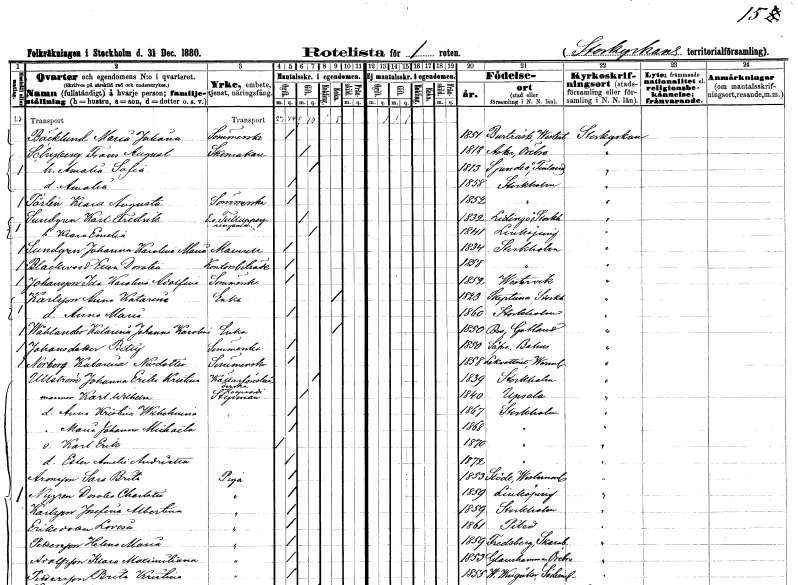
gt_parse: households: individuals: FN: Maria Juliana
EN: Bäcklund
YRKE: Sömmerska
KON: K
CIV: O
FODAR: 1851
FODFORS: Burträsk Västerbottens län
FN: Frans August
EN: Schyberg
YRKE: Skomakare
KON: M
CIV: G
FODAR: 1818
FODFORS: Asker Örebro län
FN: Amalia Sofia
KON: K
CIV: G
FODAR: 1813
FN: Amalia
KON: K
CIV: O
FODAR: 1858
FODFORS: Stockholm
FN: Klara Augusta
EN: Tärlén
YRKE: Sömmerska
KON: K
CIV: O
FODAR: 1852
FODFORS: Stockholm
FN: Karl Fredrik
EN: Sundgren
YRKE: Tulluppsyningsman e. o.
KON: M
CIV: G
FODAR: 1832
FODFORS: Lidingö Stockholms län
FN: Klara Emelia
KON: K
CIV: G
FODAR: 1841
FODFORS: Linköping Östergötlands län
FN: Johanna Karolina Maria
EN: Sundgren
KON: K
CIV: O
FODAR: 1834
FODFORS: Stockholm
FN: Klara Dorotea
EN: Blackwood
YRKE: Kontorsbiträde
KON: K
CIV: O
FODAR: 1858
FODFORS: Stockholm
FN: Karolina Adolfina
EN: Johansson
YRKE: Sömmerska
KON: K
CIV: O
FODAR: 1852
FODFORS: Västervik Kalmar län
FN: Anna Katarina
EN: Karlsson
YRKE: Änka
KON: K
CIV: E
FODAR: 1823
FODFORS: Skepptuna Stockholms län
FN: Anna Maria
KON: K
CIV: O
FODAR: 1860
FODFORS: Stockholm
FN: Katarina Johanna Karolina
EN: Wåhlander
YRKE: Änka
KON: K
CIV: E
FODAR: 1850
FODFORS: Bro Gotlands län
FN: Betty
EN: Johansdotter
YRKE: Sömmerska
KON: K
CIV: O
FODAR: 1850
FODFORS: Säve Göteborgs- och Bohuslän
FN: Katarina
EN: Norberg Nilsdotter
YRKE: Sömmerska
KON: K
CIV: O
FODAR: 1858
FODFORS: Lekvattnet Värmlands län
FN: Johanna Erika Kristina
EN: Ullström
YRKE: Källarförestånderska
KON: K
CIV: G
FODAR: 1839
FODFORS: Stockholm
FN: Karl Wilhelm
YRKE: Styrman
KON: M
CIV: G
FODAR: 1840
FODFORS: Uppsala Uppsala län
FN: Anna Kristina Wilhelmina
KON: K
CIV: O
FODAR: 1867
FODFORS: Stockholm
FN: Maria Johanna Michaëla
KON: K
CIV: O
FODAR: 1868
FODFORS: Stockholm
FN: Karl Erik
KON: M
CIV: O
FODAR: 1870
FODFORS: Stockholm
FN: Ester Amalia Andrietta
KON: K
CIV: O
FODAR: 1872
FODFORS: Stockholm
FN: Sara Brita
EN: Armsson
YRKE: Piga
KON: K
CIV: O
FODAR: 1853
FODFORS: Stöde Västernorrlands län
FN: Dorotea Charlotta
EN: Nygren
YRKE: Piga
KON: K
CIV: O
FODAR: 1859
FODFORS: Linköping Östergötlands län
FN: Josefina Albertina
EN: Karlsson
YRKE: Piga
KON: K
CIV: O
FODAR: 1859
FODFORS: Stockholm
FN: Lovisa
EN: Eriksdotter
YRKE: Piga
KON: K
CIV: O
FODAR: 1861
FODFORS: Piteå Norrbottens län